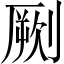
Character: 劂